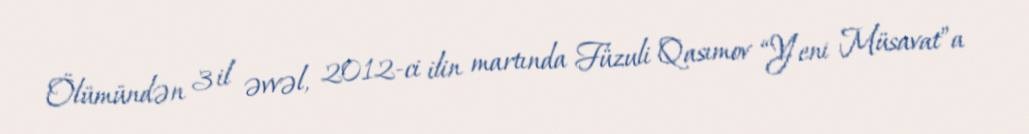
Ölümündən 3 il əvvəl, 2012-ci ilin martında Füzuli Qasımov “Yeni Müsavat”a